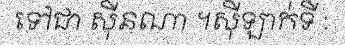
ទៅជា ស៊ីនណា ។ស៊ីឡាក់ទី :